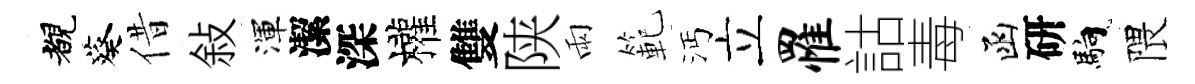
覩葵借敍渾潔深權雙陕雨範沔立罹詁毒函研馿隈